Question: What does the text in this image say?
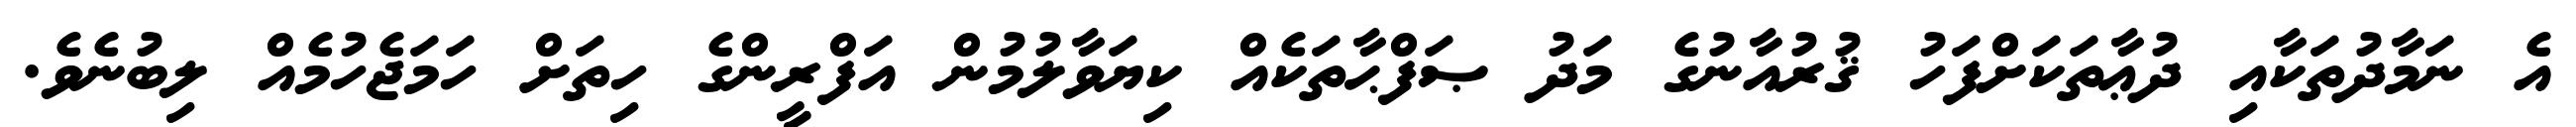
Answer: އެ ނަމާދުތަކާއި ދުޢާތަކަށްފަހު ޤުރުއާނުގެ މަދު ޞަފްޙާތަކެއް ކިޔަވާލުމުން އަފްރީންގެ ހިތަށް ހަމަޖެހުމެއް ލިބުނެވެ.